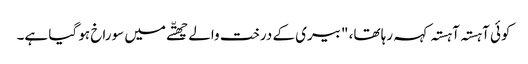
کوئی آہستہ آہستہ کہہ رہا تھا، "بیری کے درخت والے چھتّے میں سوراخ ہو گیا ہے۔